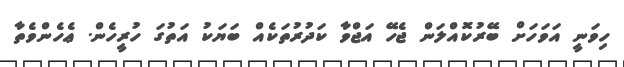
ހިވަނީ އަވަހަށް ބޭރުކޮއްލަން ޖެހޭ އަޖްވާ ކަދުރުތަކެއް ބަޔަކު އަތުގަ ހުރީހެން. ޢެހެންވެތާ